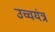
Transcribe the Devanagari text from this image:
उच्चयंत्र